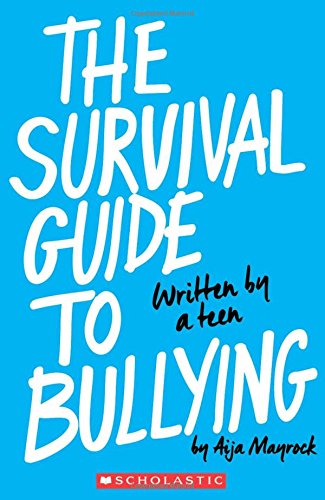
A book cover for The Survival Guide to Bullying: Written by a Teen; Aija Mayrock; Children's Books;